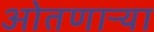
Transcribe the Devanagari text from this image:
ओतणाऱ्या